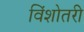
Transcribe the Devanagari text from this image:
विंशोतरी